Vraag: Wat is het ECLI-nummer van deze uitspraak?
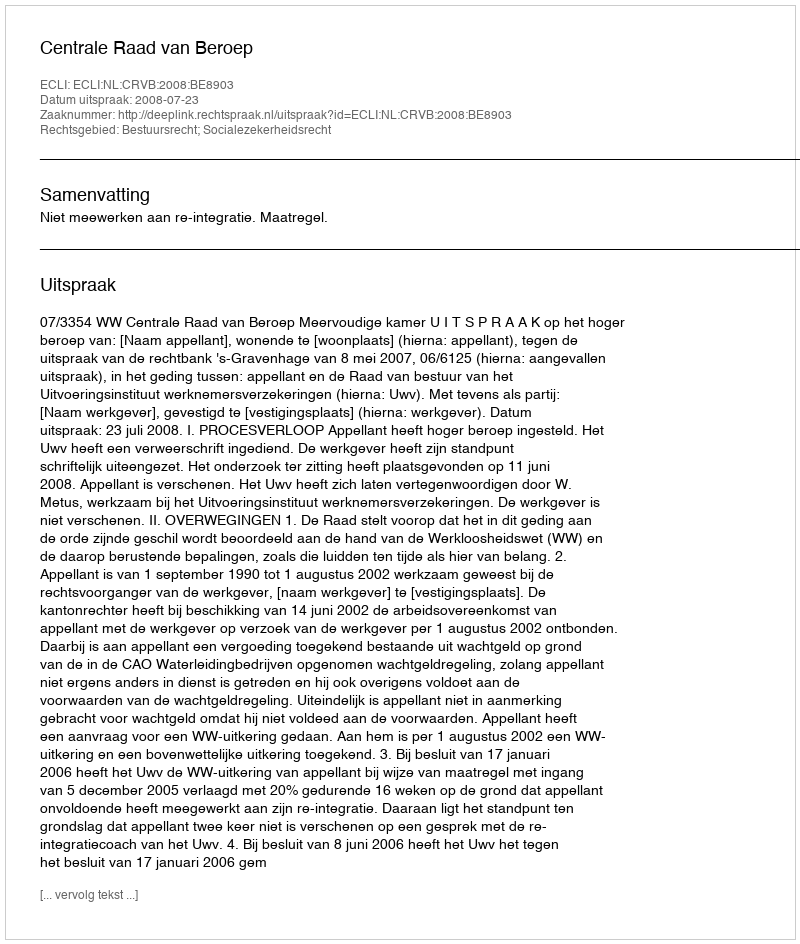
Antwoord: ECLI:NL:CRVB:2008:BE8903